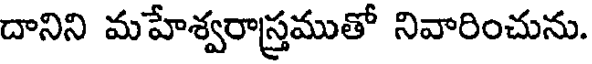
దానిని మహేశ్వరాస్త్రముతో నివారించును.